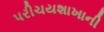
પરીચયશાખાની